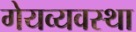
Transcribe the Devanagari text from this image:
गेयव्यवस्था